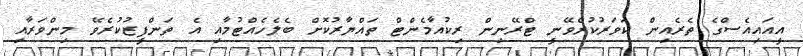
އީއައިއެސްގެ ތެރެއިން ކަވަރުކުރެވޭނީ ޓްރޭނިން ރިކުއާމެންޓް ތައްޔާރުކޮށް ބެލެހެއްޓުމާއި އެ ތަންފީޒުކުރެވޭ މިންވަރާއި